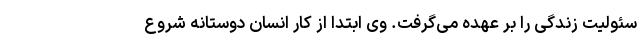
سئولیت زندگی را بر عهده می‌گرفت. وی ابتدا از کار انسان دوستانه شروع